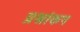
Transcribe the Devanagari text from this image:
प्रश्नांकन